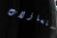
التساؤلات